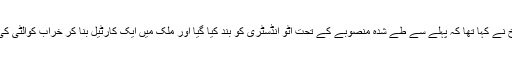
قبل ازیں سینیٹر عتیق احمد شیخ نے کہا تھا کہ پہلے سے طے شدہ منصوبے کے تحت آٹو انڈسٹری کو بند کیا گیا اور ملک میں ایک کارٹیل بنا کر خراب کوالٹی کی گاڑیاں اسمبل کی جارہی ہیں۔